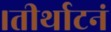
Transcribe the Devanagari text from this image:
।तीर्थाटनं